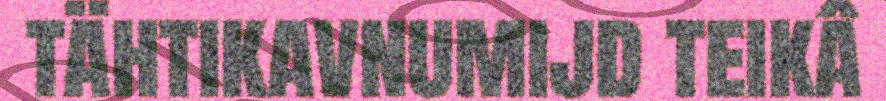
tähtikavnumijd teikâ